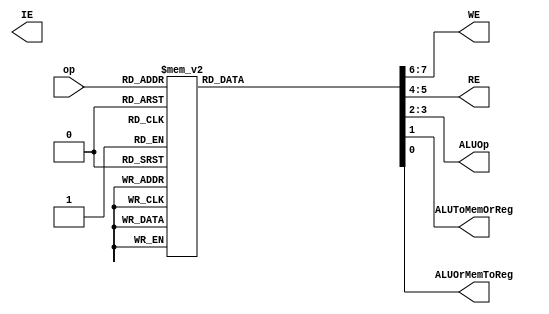
module maindec (input [2:0] op, output IE,
output [1:0] WE, RE, ALUOp,
output ALUToMemOrReg, ALUOrMemToReg);

reg [7:0] controls;

assign {WE, RE, ALUOp, ALUToMemOrReg, ALUOrMemToReg}  = controls;

always @ (* )
 case(op)
3'b000: controls <= 8'b01100001; 		//LW (Copies from Mem to Reg)
3'b001: controls <= 8'b1001011X; 		//SW (Copies from reg to Mem)
3'b010: controls <= 8'b01010100; 		//MV (Copies from reg to reg)
3'b011: controls <= 8'b0100000X; 		//MVi (Copies from Constant to Reg)
3'b100: controls <= 8'b01010100; 		//Addi (Add Constant to Reg)
3'b101: controls <= 8'b01011000; 		//Subi (Subtract Constant from Reg)
3'b110: controls <= 8'b000111XX;		//beq (if reg ==0 move pc up to 4 instructions)
3'b111: controls <= 8'b000011XX;		//Jmp (Change PC up to 4 instructions)
default:  controls <= 8'bXXXXXXXX; 		//???
endcase
endmodule